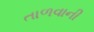
તાળવાની